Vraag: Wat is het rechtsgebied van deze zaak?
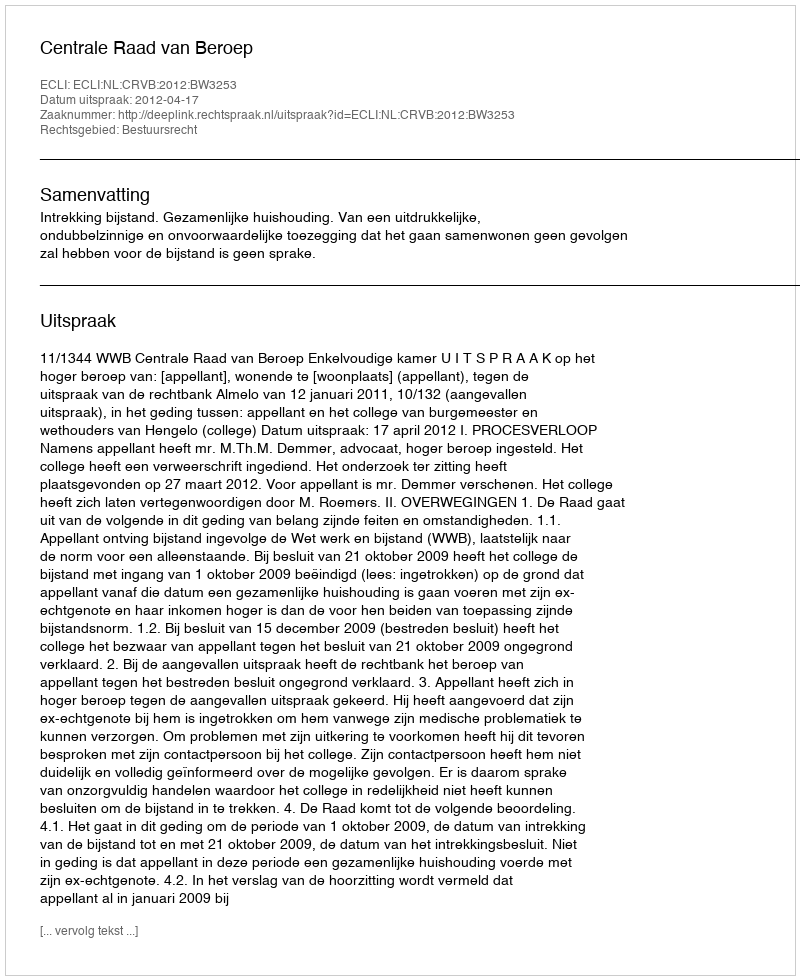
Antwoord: Bestuursrecht